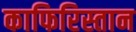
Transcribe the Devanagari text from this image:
काफिरिस्तान